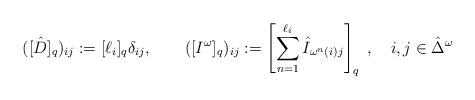
LaTeX: \begin{align*}([\hat{D}]_{q})_{ij}:=[\ell _{i}]_{q}\delta _{ij},\quad \quad ([I^{\omega}]_{q})_{ij}:=\left[ \sum_{n=1}^{\ell _{i}}\hat{I}_{\omega ^{n}(i)j}\right]_{q}\;,\quad i,j\in \hat{\Delta}^{\omega }\end{align*}